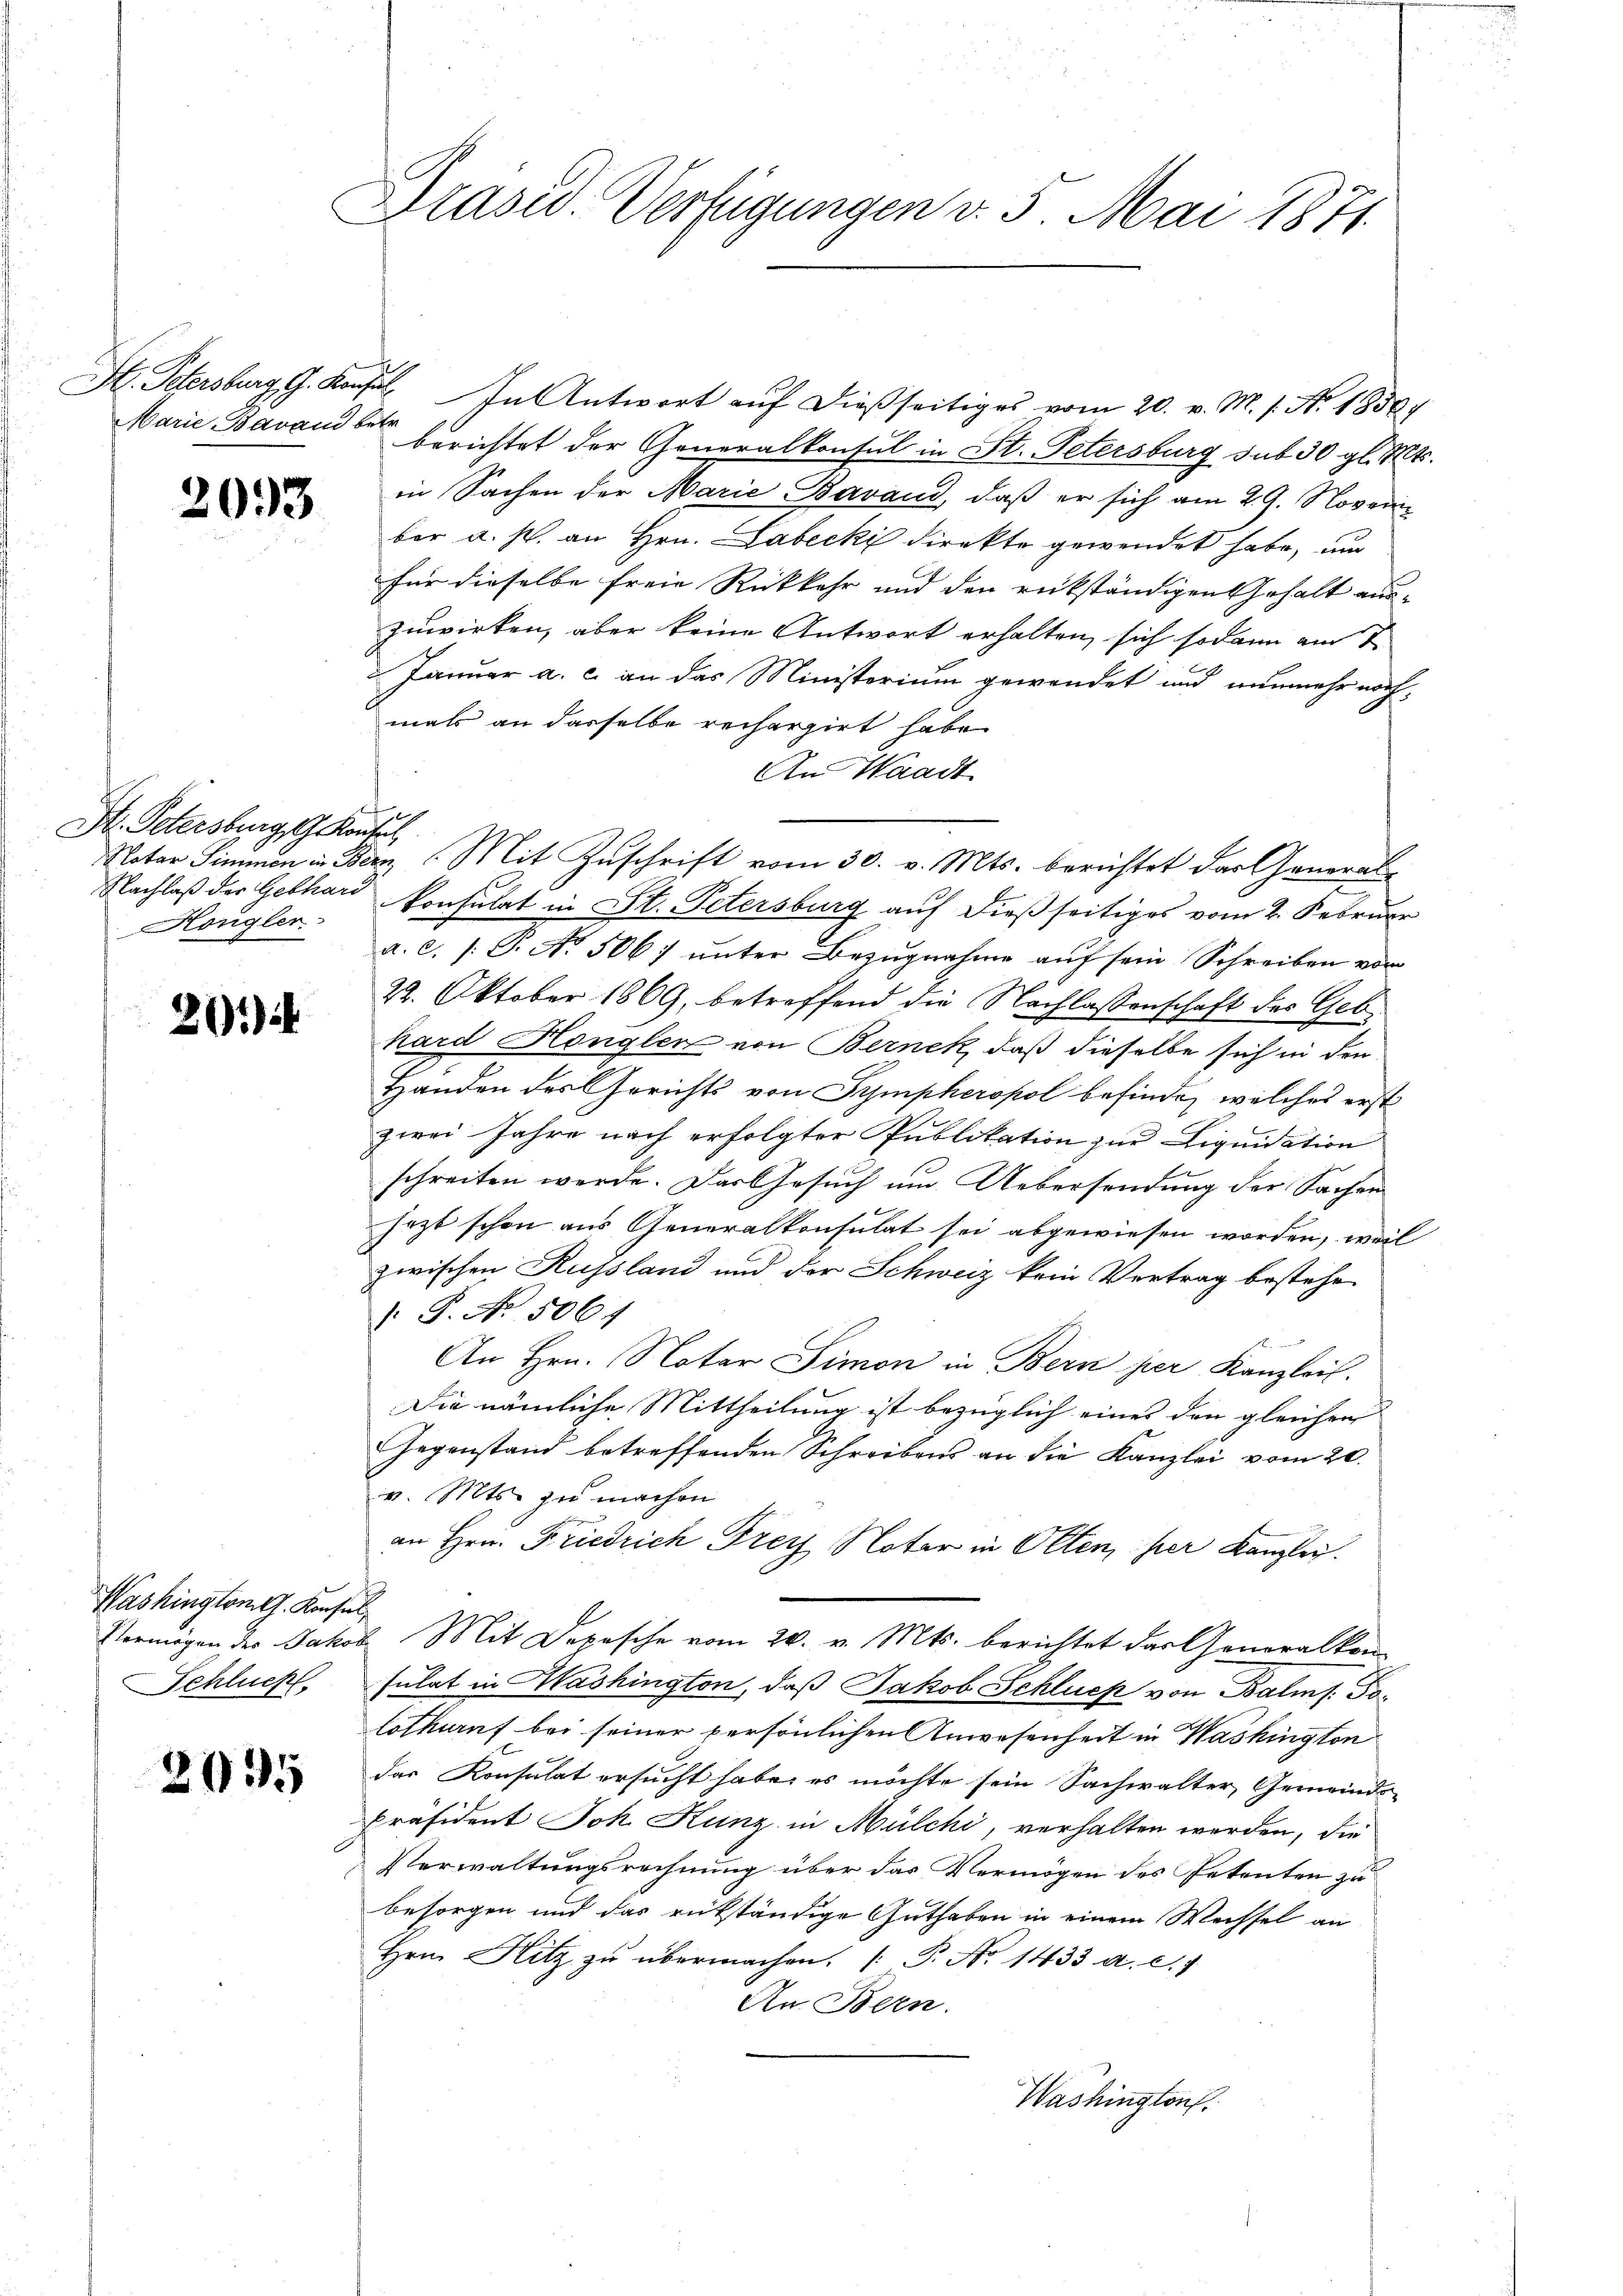
2033

Hr. Petersburg gekonsul
Nachlaß der Gebhard
Königler

201)

Washington G. Konsul,
Vermögen des Jakob
Schluch

2095

Präsid. Verfügungen v. 5. Mai 1871.

H. Petersburg, G. Konsil. In Antwort aŭf dießseitiges vom 20. v. M. s. No. 1856
Marie Bavante berichtet der Generalkonsul in St. Petersburg sub 30 gl. 124.
in Sachen der Marie Bavaud, daß er sich am 29. Novem
ber a. s. an Hrn. Labecki direkte gewendet habe, un
für dieselbe freie Rückkehr und den rükständigen Gehalt auszuwirken, aber keine Antwort erhalten, sich sodann am 1
Januar a. c. an das Ministorium gewendet und nunmehr nochmals an dasselbe rechargirt habe.
An Waadt
Notar Simmen in Berz. Mit Zuschrift vom 30. v. Mts. berichtet das Generalkonsulat in St. Petersburg auf dießseitiges vom 2. Februar
a.c. (: P. Nr. 506. unter Bezugnahme auf sein Schreiben von
22. Oktober 1869, betreffend die Nachlassenschaft des Geb
hard Hongler von Bernek, daß dieselbe sich in den
Handen des Gerichts von Sympheropol befinde, welches erst
zwei Jahre nach erfolgter Publikation zur Liquidation
schreiten werde. Das Gesuch um Uebersendung der Sachen
sezt schon aus Generalkonsulat sei abgewiesen worden, weil
zwischen Russland und der Schweiz kein Vertrag bestehe
 P. No. 5064
An Hrn. Notar Simon in Bern per Kanzlei.
Die nämliche Mittheilung ist bezüglich eines den gleichen
Gegenstand betreffenden Schreibens an die Kanzlei vom 20.
v. Mts. zu machen
an Hrn. Friedrich Frey Noter in Olten, her Kanzley.
b. Mit Depesche vom 20. v. Mts. berichtet das Generalkon
sulat in Washington, daß Jakob Schluck von Balm s. Toloskauf bei seiner persönlichen Anwesenheit in Washington
das Konsulat ersucht habe, es möchte sein Sachwalter Gemeinds-
Präsident Joh. Kunz in Mülchi, verhalten werden, die
Verwaltungsrechnung über das Vermögen des Petenten zu
besorgen und das rükständige Guthaben in einem Wechsel an
Hrn. Hitz zŭ übermachen. P. No 1433. a. c.
An Bern.
Washington.